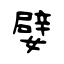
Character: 嬖